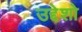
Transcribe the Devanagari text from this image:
उद्देशो